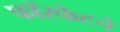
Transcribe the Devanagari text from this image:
फॉस्फेटचे